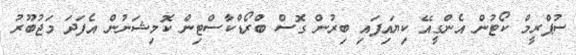
ސުޕްރީމް ކޯޓުން އެންގީއޭ ކިޔައިފައި ބިރުން ގޮސް ބްރޯޑްކާސްޓިން ކޮމިޝަނުން އެފަދަ މަޖުބޫރު